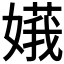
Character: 𪦙